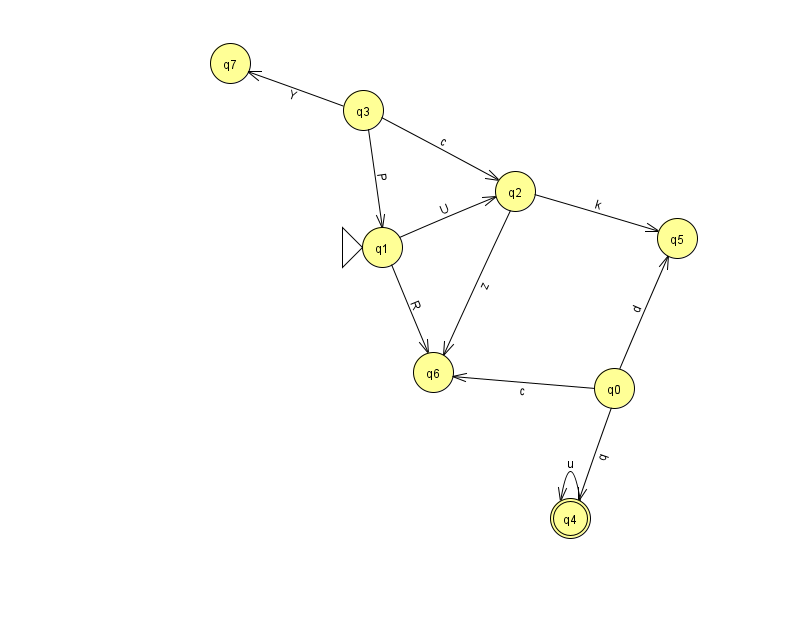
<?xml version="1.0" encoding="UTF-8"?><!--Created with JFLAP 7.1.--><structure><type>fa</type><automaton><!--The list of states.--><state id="0" name="q0"><x>614.0</x><y>375.0</y></state><state id="1" name="q1"><x>382.0</x><y>234.0</y><initial/></state><state id="2" name="q2"><x>515.0</x><y>178.0</y></state><state id="3" name="q3"><x>363.0</x><y>97.0</y></state><state id="4" name="q4"><x>570.0</x><y>505.0</y><final/></state><state id="5" name="q5"><x>677.0</x><y>225.0</y></state><state id="6" name="q6"><x>433.0</x><y>359.0</y></state><state id="7" name="q7"><x>230.0</x><y>50.0</y></state><!--The list of transitions.--><transition><from>0</from><to>6</to><read>c</read></transition><transition><from>3</from><to>2</to><read>c</read></transition><transition><from>0</from><to>5</to><read>d</read></transition><transition><from>2</from><to>6</to><read>z</read></transition><transition><from>3</from><to>7</to><read>Y</read></transition><transition><from>0</from><to>4</to><read>q</read></transition><transition><from>4</from><to>4</to><read>u</read></transition><transition><from>2</from><to>5</to><read>k</read></transition><transition><from>1</from><to>6</to><read>R</read></transition><transition><from>1</from><to>2</to><read>U</read></transition><transition><from>3</from><to>1</to><read>P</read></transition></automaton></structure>